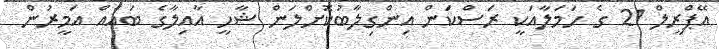
އޭޕްރީލް 21 ގެ ހަމަލާއަކީ ރަސްކަން އިންގިލާބުކޮށްލަން ޝާހީ އާއިލާގެ ބައެއް އަމީރުން